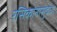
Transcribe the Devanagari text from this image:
रसिकांनासुद्धा